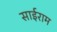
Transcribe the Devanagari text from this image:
साईराम